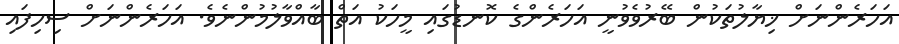
އަހަރެންނަށް ޚިޔާލުތަކުން ބޭރުވެވުނީ އަހަރެންގެ ކޮނޑުގައި މީހަކު އަތް ބާއްވާލުމުންނެވެ. އަހަރެންނަށް ސިހިފައި